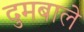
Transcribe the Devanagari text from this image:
दुमबाले